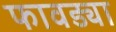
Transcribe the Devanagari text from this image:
फावड्या